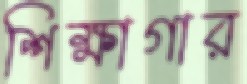
শিক্ষাগার